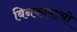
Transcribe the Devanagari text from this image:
बिनकामाची